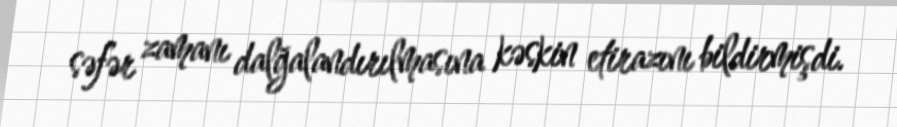
səfər zamanı dalğalandırılmasına kəskin etirazını bildirmişdi.